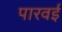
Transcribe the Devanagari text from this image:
पारवई